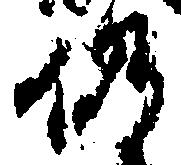
仍